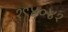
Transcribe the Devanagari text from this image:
१९४०४१